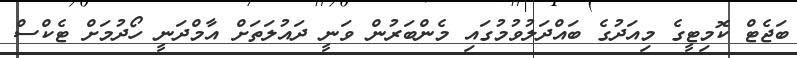
ބަޖެޓް ކޮމިޓީގެ މިއަދުގެ ބައްދަލުވުމުގައި މެންބަރުން ވަނީ ދައުލަތަށް އާމްދަނީ ހޯދުމަށް ޓެކްސް